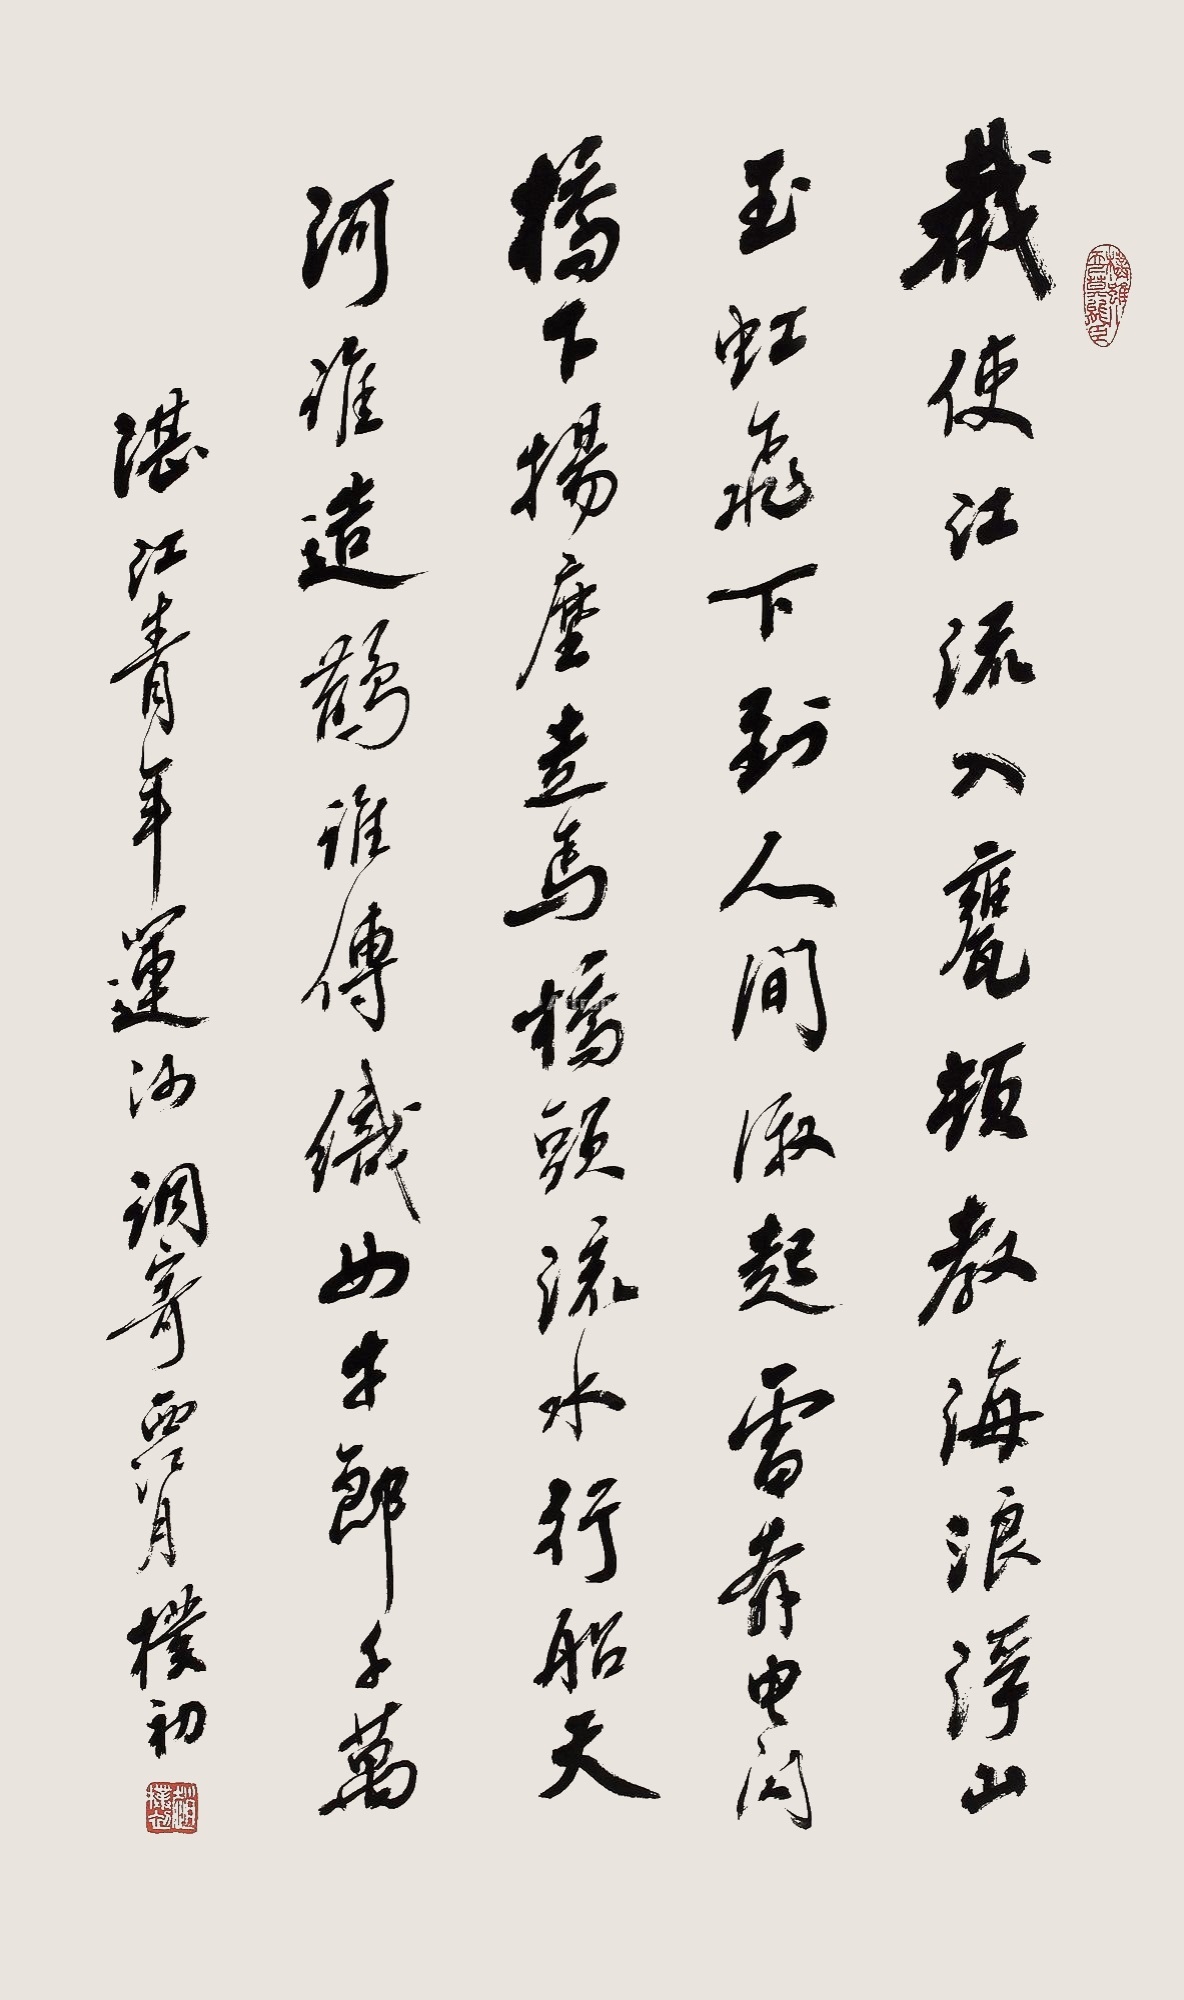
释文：截使江流入瓮，顿教海浪浮山。玉虹飞下到人间，激起雷奔电闪。桥上扬尘走马，桥头流水行船。天河谁造鹊谁传?织女牛郎千万。湛江青年运河调寄西江月，朴初。